Papers set at the Examination for Leaving Certificates, 1895
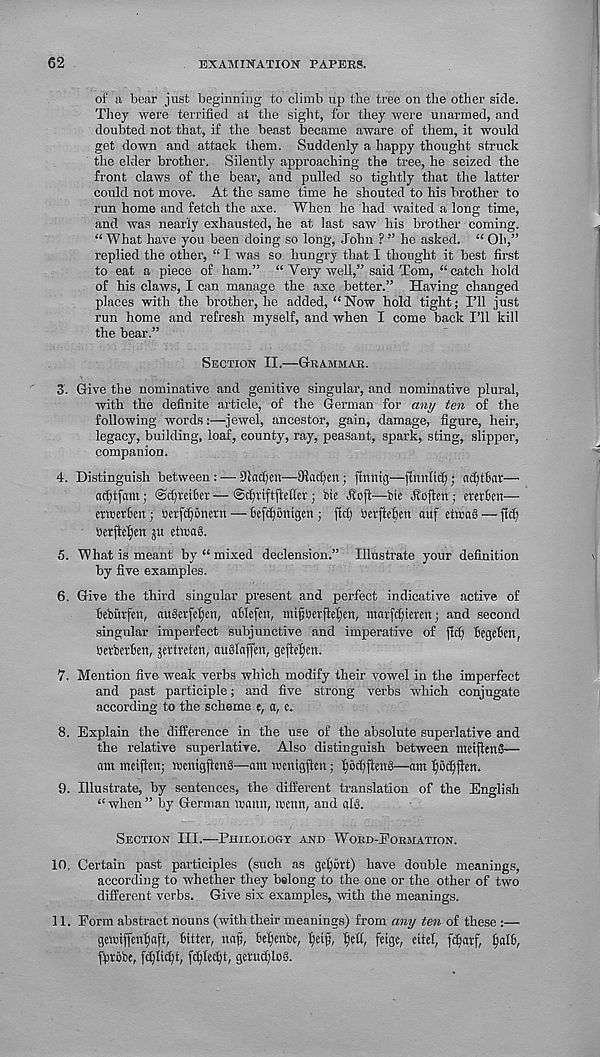
62
EXAMINATION PAPEES.
of a bear just beginning to climb up the tree on the other side.
They were terrified at the sight, for they were unarmed, and
doubted not that, if the beast became aware of them, it would
get down and attack them. Suddenly a happy thought struck
the elder brother. Silently approaching the tree, he seized the
front claws of the bear, and pulled so tightly that the latter
could not move. At the same time he shouted to his brother to
run home and fetch the axe. When he had waited a long time,
and was nearly exhausted, he at last saw his brother coming.
“ What have you been doing so long, John ? ” he asked. “ Ob,”
replied the other, “ I was so hungry that I thought it best first
to eat a piece of ham.” “Very well,” said Tom, “catch hold
of his claws, I can manage the axe better.” Having changed
places with the brother, he added, “Now hold tight; I’ll just
run home and refresh myself, and when I come back I’ll kill
the bear.”
Section II.—Grammar.
3. Give the nominative and genitive singular, and nominative plural,
with the definite article, of the German for any ten of the
following words:—jewel, ancestor, gain, damage, figure, heir,
legacy, building, loaf, county, ray, peasant, spark, sting, slipper,
companion.
4. Distinguish between: — IftcK^en—Shaken; fittnig—finnlidj • adjtfiat—
acfjtfam; ©ctytetfer—©djriftftetter; bie ffoft—bie Soften; eterben—
eraerben; betfcfSmetn—befdjonigm; fid) betfieben auf etoaS — fid;
Berfielfeit 5« etwaS.
5. What is meant by “ mixed declension.” Illustrate your definition
by five examples.
6. Give the third singular present and perfect indicative active of
fceburfen, au§erfef)en, ablefen, ntifjbetfiefjen, ntarfcf)ierett; and second
singular imperfect subjunctive and imperative of fid; bcgebm,
bevbetben, jertrcten, auGaffen, gefielfen.
7. Mention five weak verbs which modify their vowel in the imperfect
and past participle; and five strong verbs which conjugate
according to the scheme e, a, c.
8. Explain the difference in the use of the absolute superlative and
the relative superlative. Also distinguish between meifienS—
am meiften; menigflmS—am ircitigfieit; l)bd;1h>t3—am l)6d)fien.
9. Illustrate, by sentences, the different translation of the English
“ when ” by German maun, menu, and alg.
Section III.—Philology and Word-Formation.
10, Certain past participles (such as gel)mt) have double meanings,
according to whether they belong to the one or the other of two
different verbs. Give six examples, with the meanings.
11. Form abstract nouns (with their meanings) from any ten of these :—
gewiffmbaft, bitter, nafj, befjenbe, fjetfi, beft, frige, eitel, fd)atf, fyalb,
fprbbe, fd;Iid)t, fd)lecl)t, gcrud;lo3.